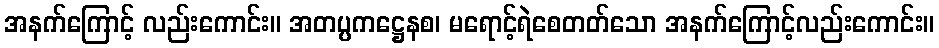
အနက်ကြောင့် လည်းကောင်း။ အတပ္ပကဋ္ဌေနစ၊ မရောင့်ရဲစေတတ်သော အနက်ကြောင့်လည်းကောင်း။